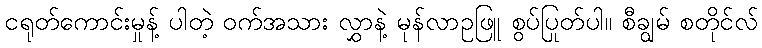
ငရုတ်ကောင်းမှုန့် ပါတဲ့ ဝက်အသား လွှာနဲ့ မုန်လာဥဖြူ စွပ်ပြုတ်ပါ။ စီချွမ် စတိုင်လ်